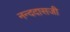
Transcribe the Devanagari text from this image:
नन्ददासजी